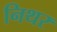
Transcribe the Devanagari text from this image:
निथर